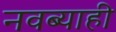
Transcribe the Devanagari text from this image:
नवब्याही